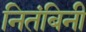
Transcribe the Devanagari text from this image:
नितंबिनी